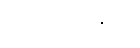
သပရိက္ကမနံပေ